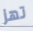
تهز